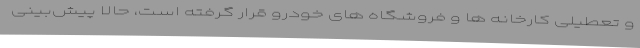
و تعطیلی کارخانه ها و فروشگاه های خودرو قرار گرفته است، حالا پیش‌بینی